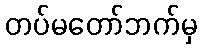
တပ်မတော်ဘက်မှ